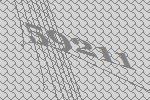
59211